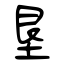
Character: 垦